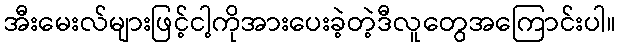
အီးမေးလ်များဖြင့်ငါ့ကိုအားပေးခဲ့တဲ့ဒီလူတွေအကြောင်းပါ။